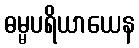
ဓမ္မပရိယာယေန